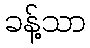
ခန့်သာ